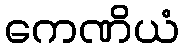
ကေဏိယံ